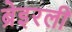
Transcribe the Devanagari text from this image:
ब्रेइरली